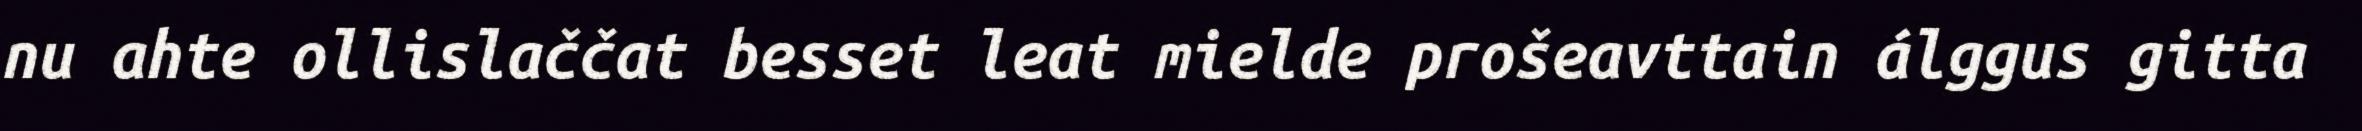
nu ahte ollislaččat besset leat mielde prošeavttain álggus gitta